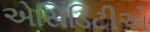
એસિડિટીએ